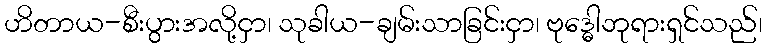
ဟိတာယ-စီးပွားအလို့ငှာ၊ သုခါယ-ချမ်းသာခြင်းငှာ၊ ဗုဒ္ဓေါဘုရားရှင်သည်၊